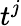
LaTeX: t^{j}